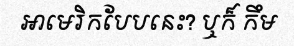
អាមេរិកបែបនេះ? ឬក៏ កឹម